Report on the lunatic asylums under the Government of Bombay - 1904-1913
Year: 1904
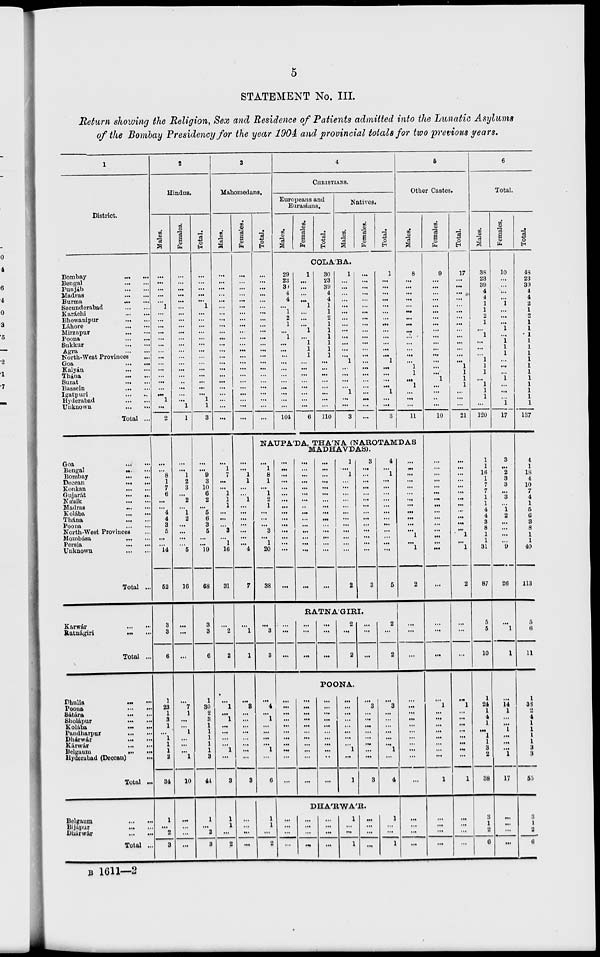
5
STATEMENT No. III.
Return showing the Religion, Sex and Residence of Patients admitted into the Lunatic Asylums
of the Bombay Presidency for the year 1904 and provincial totals for two previous years.
1
District.
Bombay ... ...
Bengal
...
...
Punjáb
...
...
Madras
...
...
Burma ... ...
Secunderabad
...
...
Karáchi ... ...
Bhowanipur ... ...
Láhore ... ...
Mirzapur ... ...
Poona ... ...
Sukkur
...
...
Agra
...
...
North-West Provinces ...
Goa ... ...
Kalyán
...
...
Thána ... ...
Surat
...
...
Bassein ... ...
Igatpuri
...
...
Hyderabad
...
...
Unknown
...
...
Total ...
Goa
...
...
Bengal
...
...
Bombay
...
...
Deccan ... ...
Konkan
...
...
Gujarat
...
...
Násik ... ...
Madras ... ...
Kolába
...
...
Thána ... ...
Poona
...
...
North-West Provinces ...
Mombása
...
...
Persia
...
...
Unknown
...
...
Total ...
Karwár ... ...
Ratnágiri ... ...
Total ...
Dhulia ... ...
Poona ... ...
Sátára
...
...
Sholápur ... ...
Kolába
...
...
Pandharpur
...
...
Dhárwár ... ...
Kárwár
...
...
Belgaum
...
...
Hyderabad (Deccan)
...
Total ...
Belgaum
...
...
Bijápur
...
...
Dhárwár
...
...
Total ...
2
Hindus.
Males.
...
...
...
...
...
1
...
...
...
...
...
...
...
...
...
...
...
...
...
...
1
...
2
...
...
8
1
7
6
...
...
4
4
3
5
...
...
14
52
3
3
6
1
23
1
3
1
...
1
1
1
2
34
1
...
2
3
Females.
...
...
...
...
...
...
...
...
...
...
...
...
...
...
...
...
...
...
...
...
...
1
1
...
...
1
2
3
...
2
...
1
2
...
...
...
...
5
16
...
...
...
...
7
1
...
...
1
...
...
...
1
10
...
...
...
...
Total.
...
...
...
...
...
1
...
...
...
...
...
...
...
...
...
...
...
...
...
...
1
1
3
...
...
9
3
10
6
2
...
5
6
3
5
...
...
19
63
3
3
6
1
30
2
3
1
1
1
1
1
3
44
1
...
2
3
3
Mahomedans.
Males.
...
...
...
...
...
...
...
...
...
...
...
...
...
...
...
...
...
...
...
...
...
...
...
...
1
7
...
...
1
1
1
...
...
...
3
...
1
16
31
...
2
2
...
1
...
1
...
...
...
...
1
...
3
1
1
...
2
Females.
...
...
...
...
...
...
...
...
...
...
...
...
...
...
...
...
...
...
...
...
...
...
...
...
...
1
1
...
...
1
...
...
...
...
...
...
...
4
7
...
1
1
...
8
...
...
...
...
...
...
...
...
3
...
...
...
...
Total.
...
...
...
...
...
...
...
...
...
...
...
...
...
...
...
...
...
...
...
...
...
...
...
4
CHRISTIANS.
Europeans and
Eurasians.
Males. Females. Total.
Natives.
Males. Females.
COLÁBA.
29
23
39
4
4
...
1
2
1
...
1
...
...
...
...
...
...
...
...
...
...
...
104
1
...
...
...
...
1
...
...
...
1
...
1
1
1
...
...
...
...
...
...
...
...
6
30
23
39
4
4
1
...
2
1
1
1
1
...
1
...
...
...
...
...
...
...
...
110
1
...
...
...
...
...
...
...
...
...
...
...
...
...
1
...
...
...
...
1
...
...
3
...
...
...
...
...
...
...
...
...
...
...
...
...
...
...
...
...
...
...
...
...
...
...
Total.
1
...
...
...
...
...
...
...
...
...
...
...
...
...
1
...
...
...
...
1
...
...
3
5
Other Castes.
Males.
8
...
...
...
...
...
...
...
...
...
...
...
...
...
...
1
1
...
1
...
...
...
11
NAUPÁDA, THÁNA (NAROTAMDAS
MADHAVDAS).
...
1
8
1
...
1
2
1
...
...
...
3
...
1
20
38
...
3
3
...
4
...
1
...
...
...
...
1
...
6
1
1
...
2
...
...
...
...
...
...
...
...
...
...
...
...
...
...
...
...
...
...
...
...
...
...
...
...
...
...
...
...
...
...
...
...
...
...
...
...
...
...
...
...
...
...
...
...
...
...
...
...
1
...
1
...
...
...
...
...
...
...
...
...
...
...
...
2
3
...
...
...
...
...
...
...
...
...
...
...
...
...
...
3
4
...
1
...
...
...
...
...
...
...
...
...
...
...
...
5
RATNAGIRI.
...
...
...
...
...
...
...
...
...
2
...
2
...
...
...
2
...
2
POONA.
...
...
...
...
...
...
...
...
...
...
...
...
...
...
...
...
...
...
...
...
...
...
...
...
...
...
...
...
...
...
...
...
...
...
...
...
...
...
...
...
...
1
...
1
...
3
...
...
...
...
...
...
...
...
3
...
3
...
...
...
...
...
...
1
...
4
DHÁRWÁR.
...
...
...
...
...
...
...
...
...
...
...
...
1
...
...
1
...
...
...
...
1
...
...
1
...
...
...
...
...
...
...
...
...
...
...
...
1
...
1
2
...
...
...
...
...
...
...
...
...
...
...
...
...
...
...
...
...
...
Females.
9
...
...
...
...
...
...
...
...
...
...
...
...
...
...
...
...
1
...
...
...
...
10
...
...
...
...
...
...
...
...
...
...
...
...
...
...
...
...
...
...
...
...
1
...
...
...
...
...
...
...
...
1
...
...
...
...
Total.
17
...
...
...
...
...
...
...
...
...
...
...
...
...
...
1
1
1
1
...
...
...
21
...
...
...
...
...
...
...
...
...
...
...
...
1
...
1
2
...
...
...
...
1
...
...
...
...
...
...
...
...
1
...
...
...
...
6
Total.
Males.
38
23
39
4
4
1
1
2
1
...
1
...
...
...
1
1
1
...
1
1
1
...
120
1
1
16
1
7
7
1
1
4
4
3
8
1
1
31
87
5
5
10
1
24
1
4
1
...
1
1
3
2
38
3
1
2
6
Females.
10
...
...
...
...
1
...
...
...
1
...
1
1
1
...
...
...
1
...
...
...
1
17
3
...
2
3
3
...
3
...
1
2
...
...
...
...
9
26
...
1
1
...
14
1
...
...
1
...
...
...
1
17
...
...
...
...
Total.
48
23
39
4
4
2
1
2
1
1
1
1
1
1
1
1
1
1
1
1
1
1
137
4
1
18
4
10
7
4
1
5
6
3
8
1
1
40
113
5
6
11
1
38
2
4
1
1
1
1
3
3
55
3
1
2
6
B 1611—2